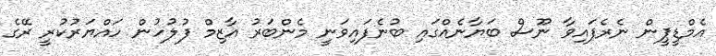
އެމްޑީޕީން ނެރެފައިވާ ނޫސް ބަޔާނެއްގައި ބުނެފައިވަނީ މެންބަރު އާޒިމް ފުލުހުން ހައްޔަރުކުރީ ރޭގެ